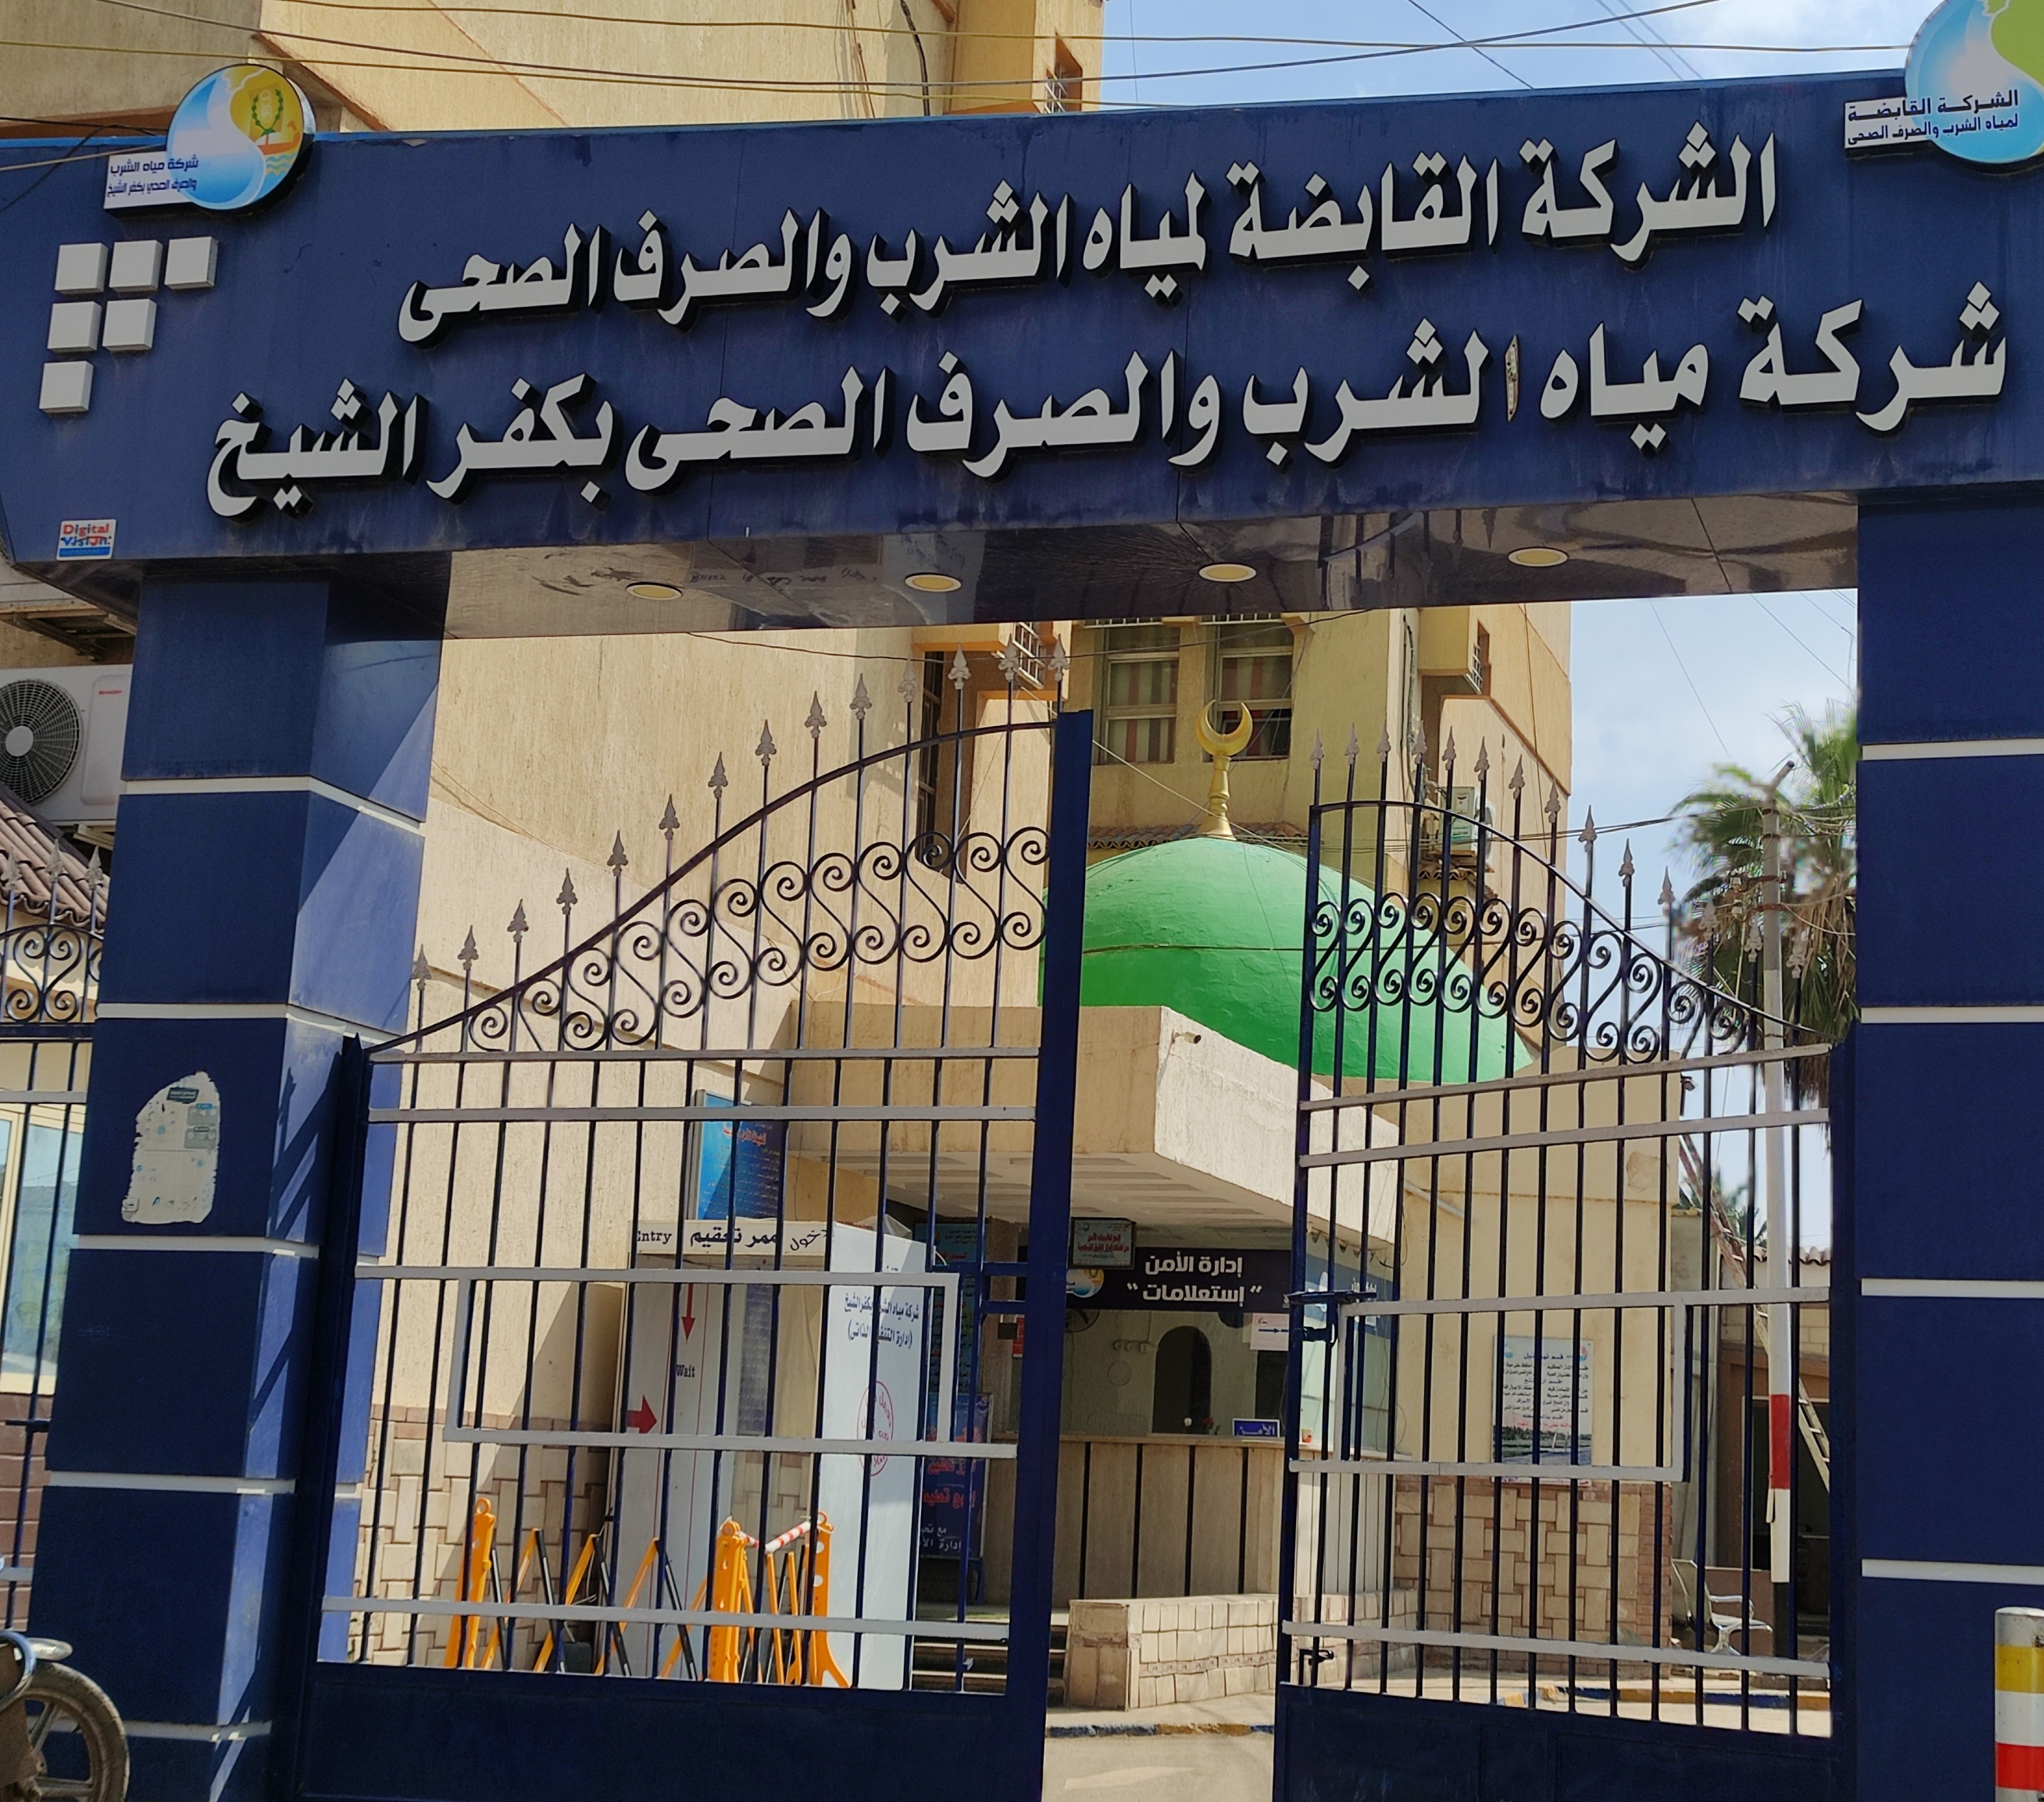
Text in image: الشركة القابضة لمياه الشرب والصرف الصحى شركة مياه الشرب والصرف الصحى بكفر الشيخ إدارة الأمن إستعلامات